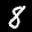
Label: 8